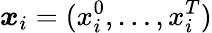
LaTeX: \boldsymbol{x}_{i}=(x_{i}^{0},\ldots,x_{i}^{T})